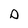
Character: D